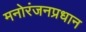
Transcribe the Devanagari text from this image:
मनोरंजनप्रधान